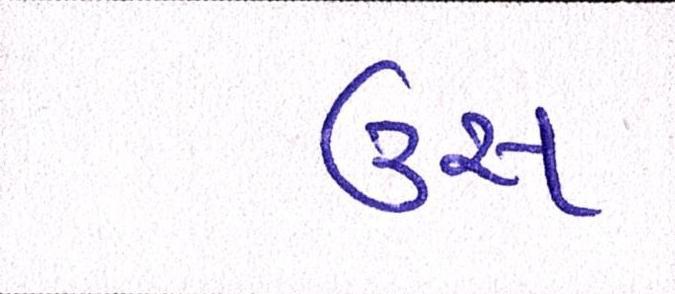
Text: ઉસ